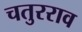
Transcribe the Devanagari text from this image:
चतुरराव